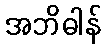
အဘိဓါန်